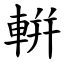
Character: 輧